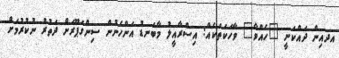
އދއިން ދައްކަނީ "ހެއްވާ" ވާހަކަތަކެއް: އިސްރާއީލު މާބަނޑު އަންހެނުން ސިންގަޕޫރަށް ދަތުރު ނުކުރުމަށް